Report of the King Institute of Preventive Medicine, Guindy
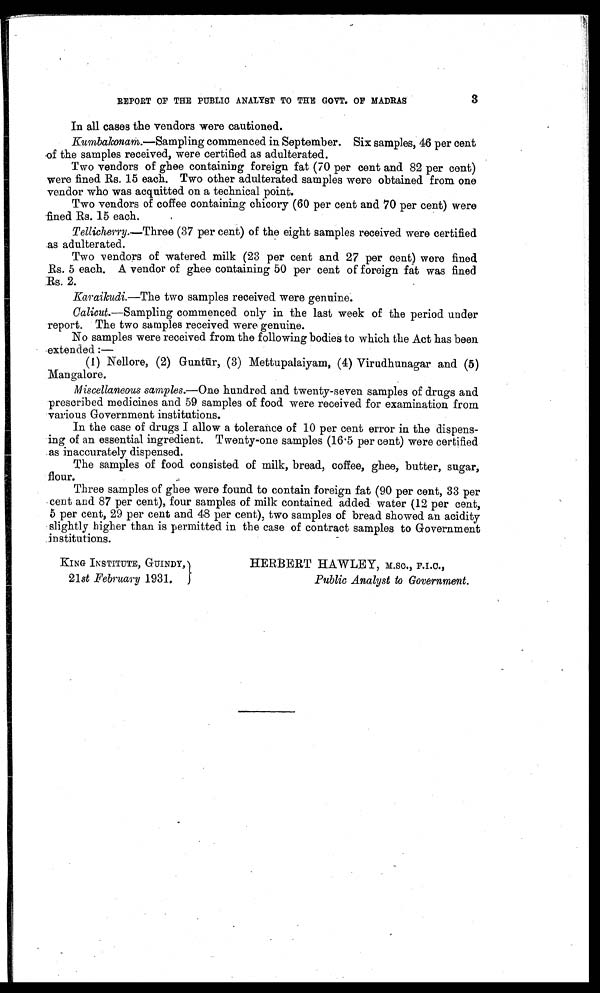
3
REPORT OF THE PUBLIC ANALYST TO THE GOVT. OF MADRAS
In all cases the vendors were cautioned.
Kumbakonam .—Sampling commenced in September. Six samples, 46 per cent
of the samples received, were certified as adulterated.
Two vendors of ghee containing foreign fat (70 per cent and 82 per cent)
were fined. Rs. 15 each. Two other adulterated samples were obtained from one
vendor who was acquitted on a technical point.
Two vendors of coffee containing chicory (60 per cent and 70 per cent) were
fined Rs. 15 each.
Tellicherry.— Three (37 per cent) of the eight samples received were certified
as adulterated.
Two vendors of watered milk (23 per cent and 27 per cent) were fined
Rs. 5 each. A vendor of ghee containing 50 per cent of foreign fat was fined
Rs. 2.
Karaikudi.— The two samples received were genuine.
Calicut .—Sampling commenced only in the last week of the period under
report. The two samples received were genuine.
No samples were received from the following bodies to which the Act has been
extended:—
(1) Nellore, (2) Guntū r, (3) Mettupalaiyam, (4) Virudhunagar and (5)
Mangalore.
Miscellaneous samples.— One hundred and twenty-seven samples of drugs and
prescribed medicines and 59 samples of food were received for examination from
various Government institutions.
In the case of drugs I allow a tolerance of 10 per cent error in the dispens
-
ing of an essential ingredient. Twenty-one samples (16.5 per cent) were certified
as inaccurately dispensed.
The samples of food consisted of milk, bread, coffee, ghee, butter, sugar,
flour.
Three samples of ghee were found to contain foreign fat (90 per cent, 33 per
cent and 87 per cent), four samples of milk contained added water (12 per cent,
5 per cent, 29 per cent and 48 per cent), two samples of bread showed an acidity
slightly higher than is permitted in the case of contract samples to Government
institutions.
KING INSTITUTE, GUINDY,
21 st February 1931.
HERBERT HAWLEY, M.Sc., F.I.C.,
Public Analyst to Government.